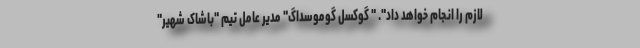
لازم را انجام خواهد داد". " گوکسل گوموسداگ" مدیر عامل تیم "باشاک شهیر"